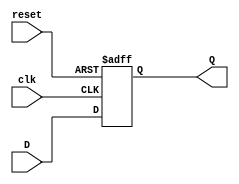
module flip_flop_register #(
    parameter WIDTH = 8 // Parameter to define the width of the register
)(
    input wire clk,      // Clock input
    input wire reset,    // Asynchronous reset input
    input wire [WIDTH-1:0] D, // Data input
    output reg [WIDTH-1:0] Q   // Data output
);

    // Always block triggered on the clock edge
    always @(posedge clk or posedge reset) begin
        if (reset) begin
            // If reset is asserted, set Q to 0
            Q <= {WIDTH{1'b0}}; // Initialize all bits to 0
        end else begin
            // On clock edge, capture data from D
            Q <= D; // Store the input data into the register
        end
    end

endmodule